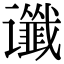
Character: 谶